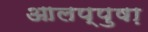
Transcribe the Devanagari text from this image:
आलप्पुषा़